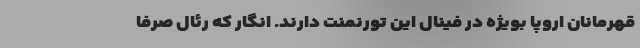
قهرمانان اروپا بویژه در فینال این تورنمنت دارند. انگار که رئال صرفا